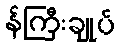
န်ကြီးချုပ်